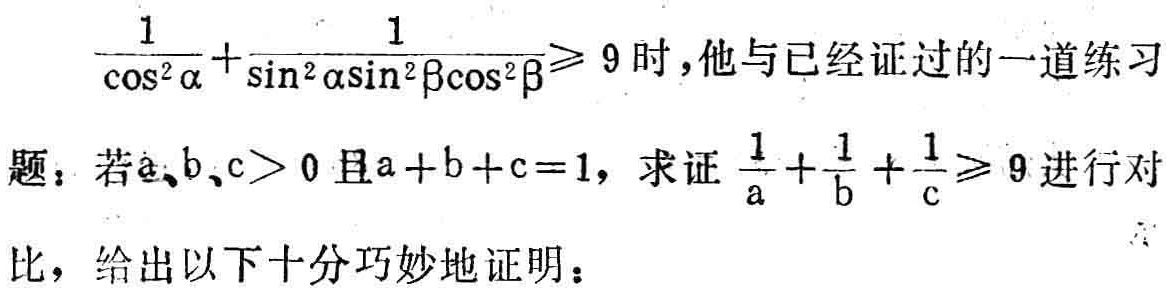
\(\frac{1}{\cos^{2}\alpha}+\frac{1}{\sin^{2}\alpha\sin^{2}\beta\cos^{2}\beta}\geqslant 9\)时，他与已经证过的一道练习

题：若\(a,b,c > 0\)且\(a + b + c = 1\)，求证\(\frac{1}{a}+\frac{1}{b}+\frac{1}{c}\geqslant 9\)进行对

比，给出以下十分巧妙地证明：